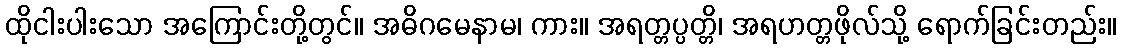
ထိုငါးပါးသော အကြောင်းတို့တွင်။ အဓိဂမေနာမ၊ ကား။ အရတ္တပ္ပတ္တိ၊ အရဟတ္တဖိုလ်သို့ ရောက်ခြင်းတည်း။